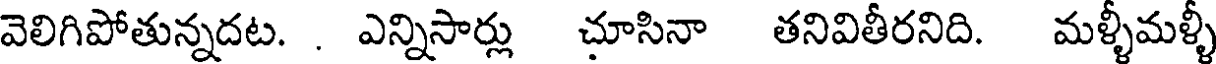
వెలిగిపోతున్నదట. . ఎన్నిసార్లు చూసినా తనివితీరనిది. మళ్ళీమళ్ళీ